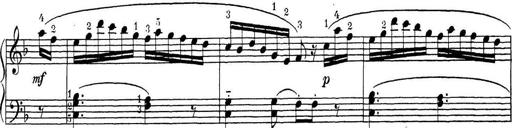
Title: ÄŒeskÃ© Sonatiny
Composer: Various